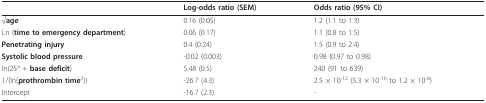
|  | Log-odds ratio (SEM) | Odds ratio (95% CI) |
 | --- | --- | --- |
 | √age | 0.16 (0.05) | 1.2 (1.1 to 1.3) |
 | Ln (time to emergency department) | 0.06 (0.17) | 1.1 (0.8 to 1.5) |
 | Penetrating injury | 0.4 (0.24) | 1.5 (0.9 to 2.4) |
 | Systolic blood pressure | -0.02 (0.003) | 0.98 (0.97 to 0.98) |
 | ln(25a + base deficit) | 5.48 (0.5) | 240 (91 to 639) |
 | 1/(ln(prothrombin time2)) | -26.7 (4.3) | 2.5 × 10-12 (5.3 × 10-16 to 1.2 × 10-8) |
 | Intercept | -16.7 (2.3) | - |